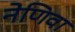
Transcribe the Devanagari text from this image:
नेणिवा